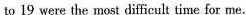
to 19 were the most difficult time for me.